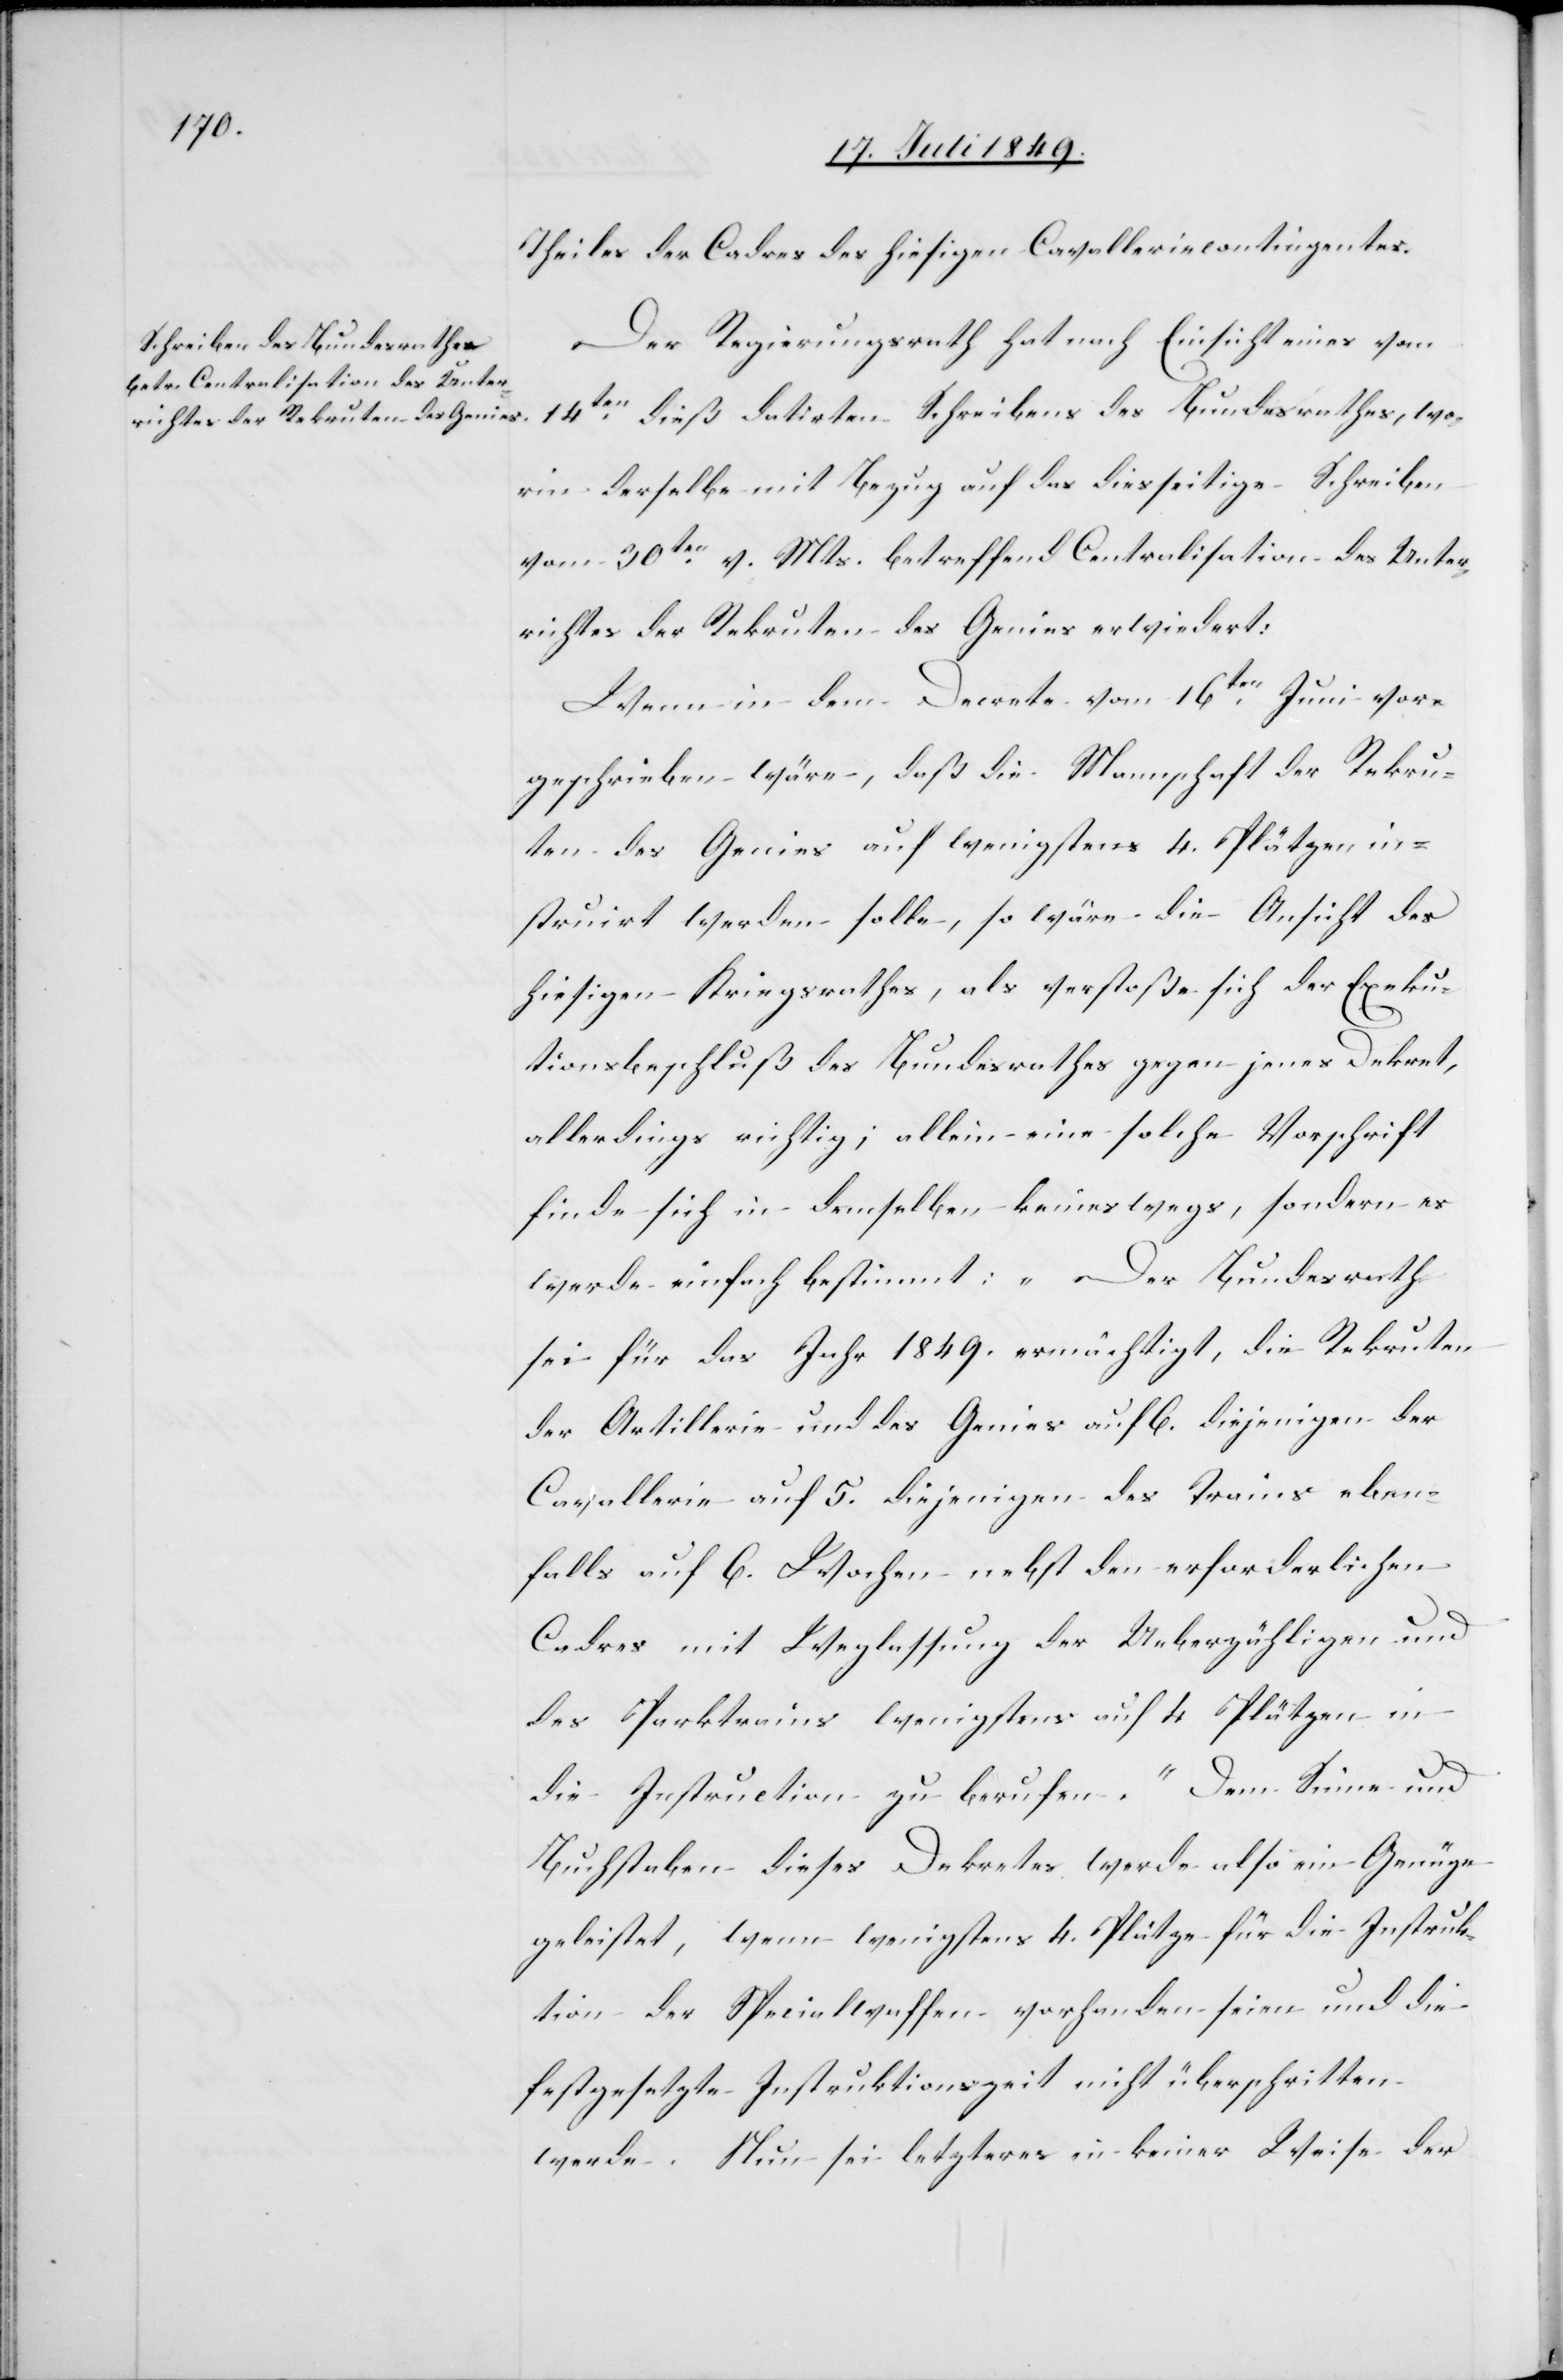
Theiles der Cadres des hiesigen Cavalleriecontingentes.
Der Regierungsrath hat nach Einsicht eines vom
14ten dieß datirten Schreibens des Bundesrathes, wo¬
rin derselbe mit Bezug auf das diesseitige Schreiben
vom 30ten v. Mts. betreffend Centralisation des Unter¬
richtes der Rekruten des Genies erwiedert:
Wenn in dem Decrete von 16ten Juni vor¬
geschrieben wäre, daß die Mannschaft der Rekru¬
ten des Genies auf wenigstens 4. Plätzen in¬
struirt werden solle, so wäre die Ansicht des
hiesigen Kriegsrathes, als verstoße sich der Exeku¬
tionsbeschluß des Bundesrathes gegen jenes Dekret,
allerdings richtig; allein eine solche Vorschrift
finde sich in demselben keineswegs, sondern es
werde einfach bestimmt: „Der Bundesrath
sei für das Jahr 1849. ermächtigt, die Rekruten
der Artillerie und des Genies auf 6. diejenigen der
Cavallerie auf 5. diejenigen des Trains eben¬
falls auf 6. Wochen nebst den erforderlichen
Cadres mit Weglassung der Ueberzähligen und
des Parktrains wenigstens auf 4 Plätzen in
die Instruction zu berufen.“ Dem Sinne und
Buchstaben dieses Dekretes werde also ein Genüge
geleistet, wenn wenigstens 4. Plätze für die Instruk¬
tion der Specialwaffen vorhanden seien und die
festgesetzte Instruktionszeit nicht überschritten
werde. Nun sei letzteres in keiner Weise der